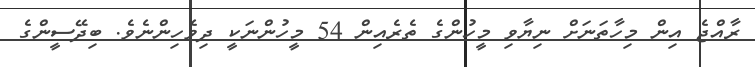
ރާއްޖެ އިން މިހާތަނަށް ނިޔާވި މީހުންގެ ތެރެއިން 54 މީހުންނަކީ ދިވެހިންނެވެ. ބިދޭސީންގެ